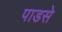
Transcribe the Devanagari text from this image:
पाडसे